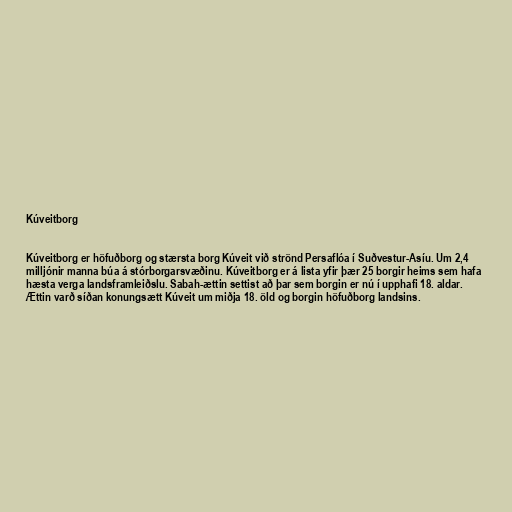
Kúveitborg

Kúveitborg er höfuðborg og stærsta borg Kúveit við strönd Persaflóa í Suðvestur-Asíu. Um 2,4
milljónir manna búa á stórborgarsvæðinu. Kúveitborg er á lista yfir þær 25 borgir heims sem hafa
hæsta verga landsframleiðslu. Sabah-ættin settist að þar sem borgin er nú í upphafi 18. aldar.
Ættin varð síðan konungsætt Kúveit um miðja 18. öld og borgin höfuðborg landsins.